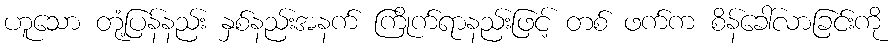
ဟူသော တုံ့ပြန်နည်း နှစ်နည်းအနက် ကြိုက်ရာနည်းဖြင့် တစ် ဖက်က စိန်ခေါ်လာခြင်းကို